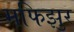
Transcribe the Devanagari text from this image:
मफिझुर